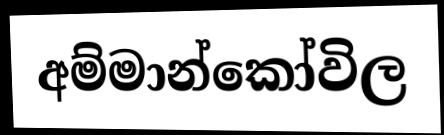
අම්මාන්කෝවිල